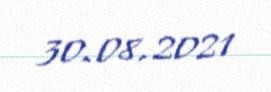
30.08.2021